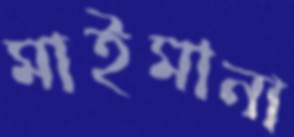
মাইমানা